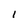
Character: I